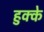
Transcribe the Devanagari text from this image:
हुक्‍के